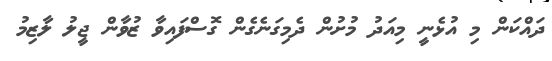
ދައްކަން މި އުޅެނީ މިއަދު މުށުން ދެމިގަނެގެން ގޮސްފައިވާ ޒުވާން ޖީލު ލާޒިމު